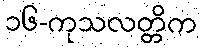
၁၆-ကုသလတ္တိက